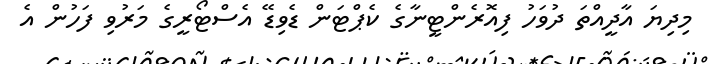
މިދިޔަ އާދީއްތަ ދުވަހު ފިއޮރެންޓީނާގެ ކެޕްޓަން ޑެވިޑޭ އެސްޓޯރީގެ މަރުވި ފަހުން އެ